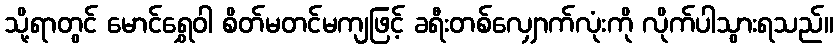
သို့ရာတွင် မောင်ရွှေဝါ စိတ်မတင်မကျဖြင့် ခရီးတစ်လျှောက်လုံးကို လိုက်ပါသွားရသည်။